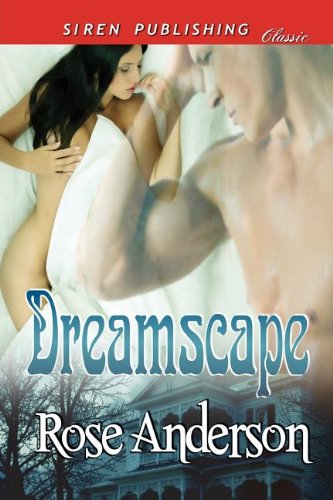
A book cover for Dreamscape (Siren Publishing Classic); Rose Anderson; Romance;